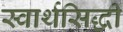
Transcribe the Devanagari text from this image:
स्वार्थसिद्धी